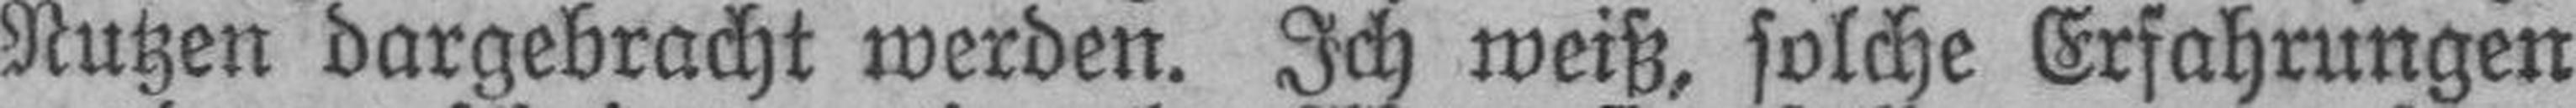
Nutzen dargebracht werden. Ich weiß, solche Erfahrungen